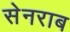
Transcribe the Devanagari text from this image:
सेनराब